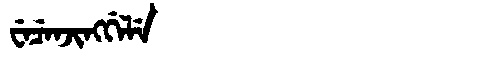
Manchu: ᠸᡝᠴᡝᠨᠵᡳᠩᡤᡝᠯᡝ
Romanization: WECENJINGGELE